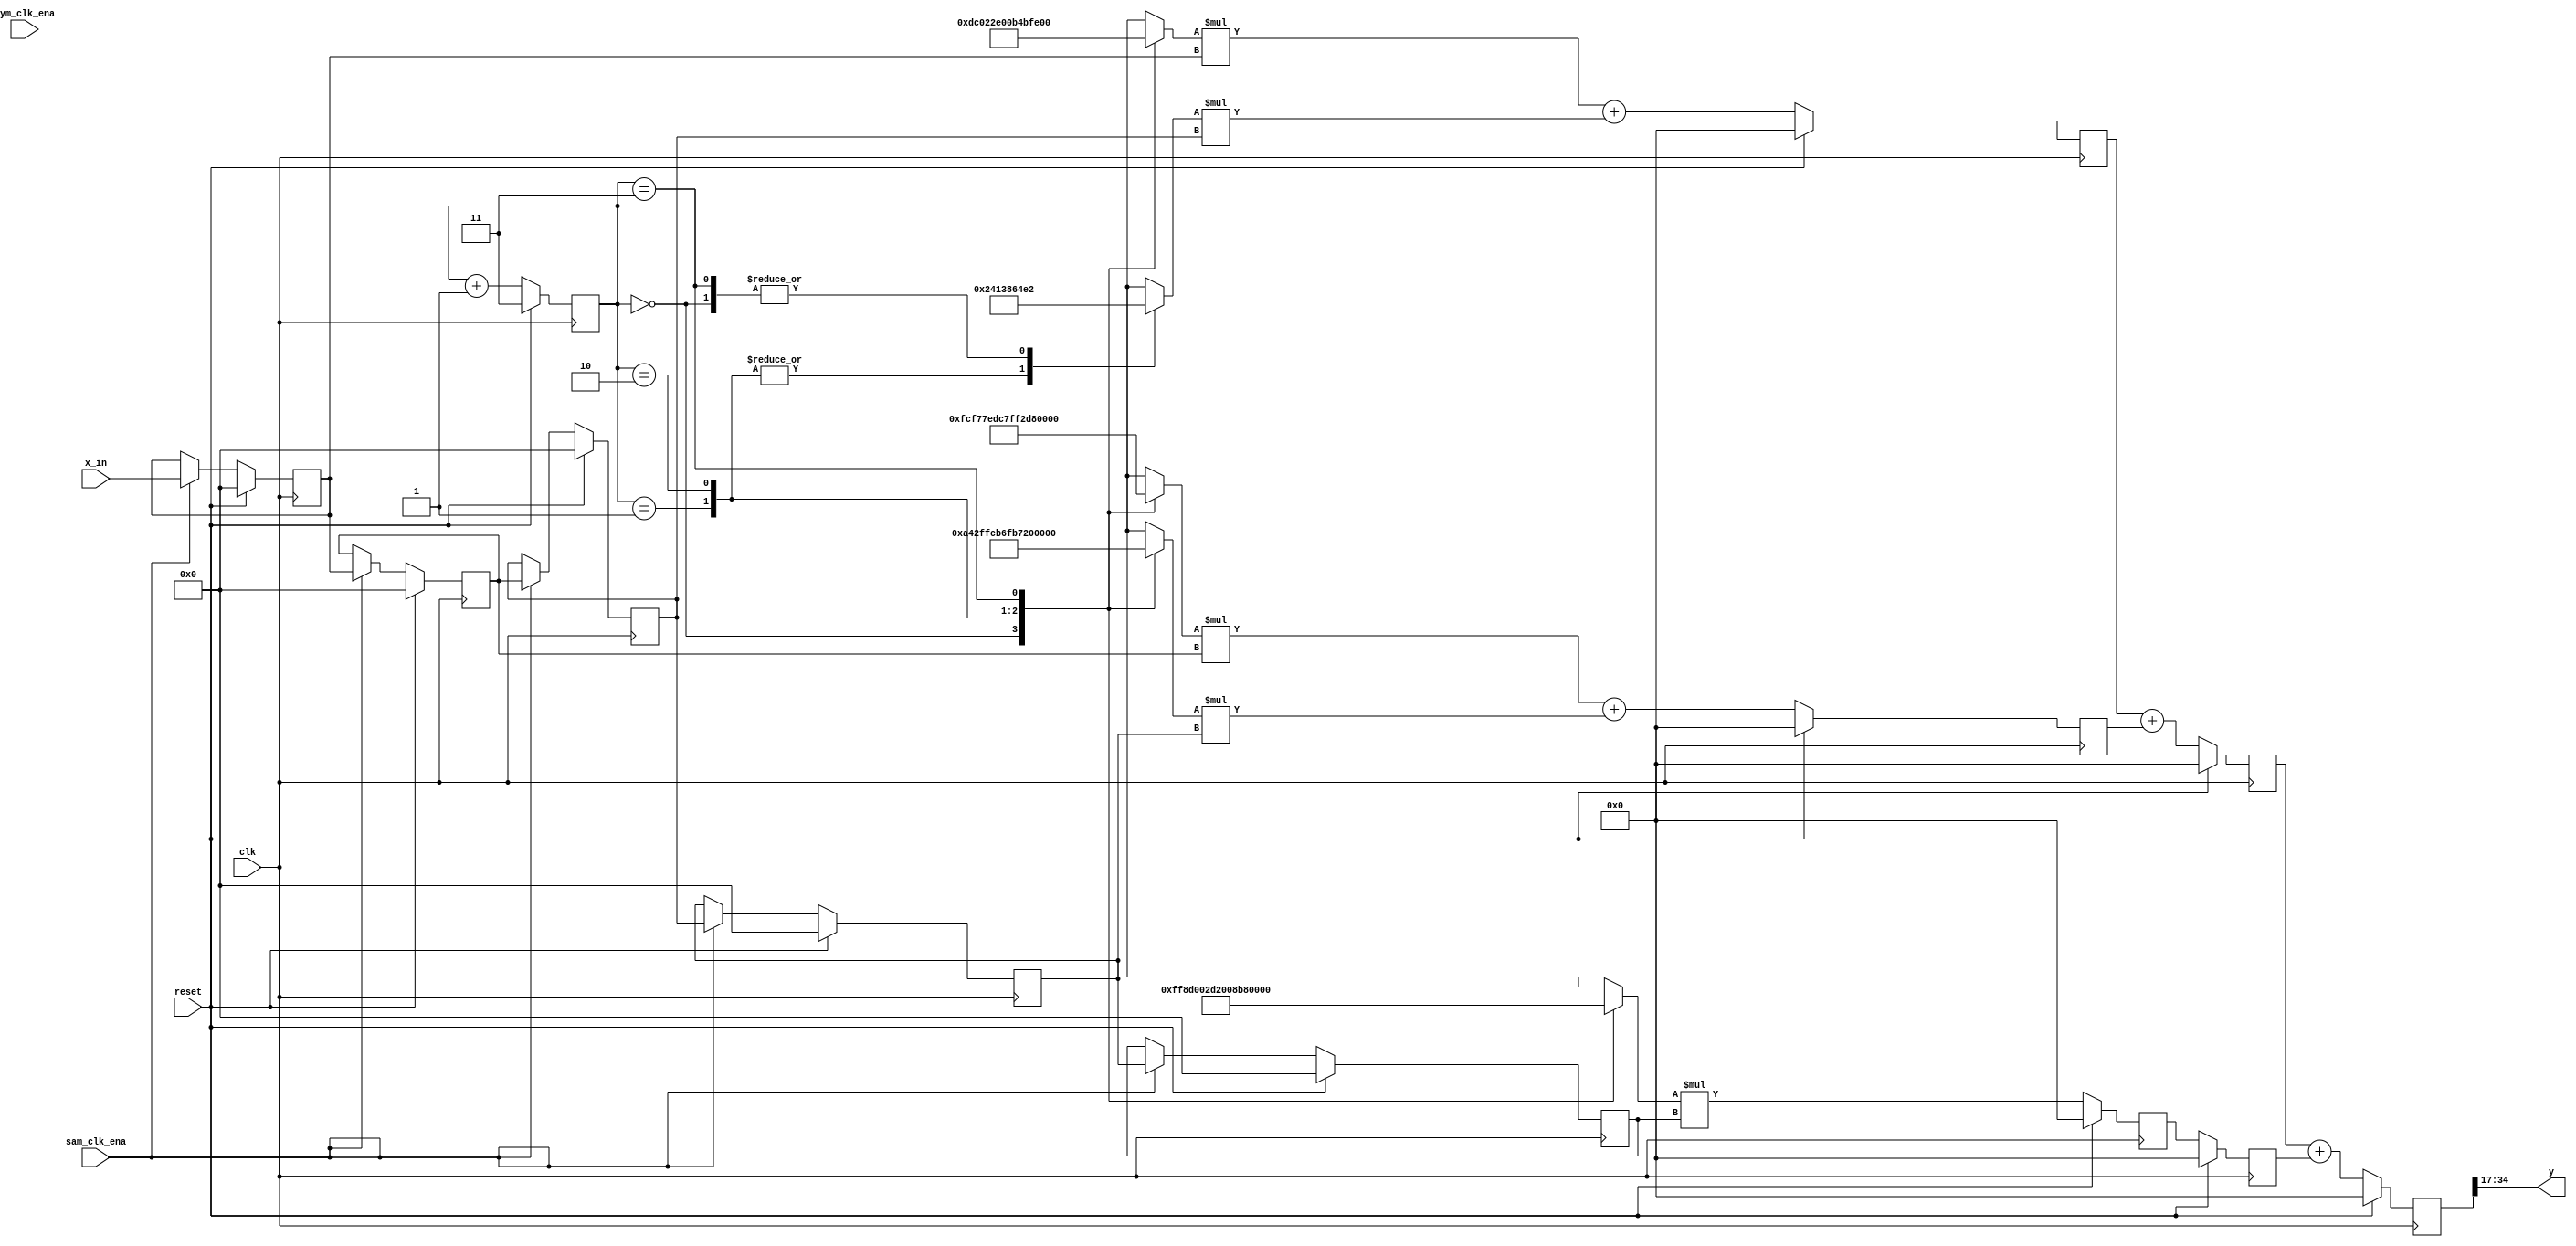
/** ALEX'S UPSAMPLER -- WRITE YOUR OWN **/
module upsampler (
    input clk,
    input reset,
    input sam_clk_ena,
    input sym_clk_ena,
    input [17:0] x_in,
    output reg signed [17:0] y
);
// Upsamples an input from sam_clk to sys_clk and applies a low pass filter

integer i;
parameter N = 20; // Must be multiple of four
parameter N_BY_4 = N / 4;
wire signed [17:0] b[N-1:0];


// B Definition
assign b[0] = 18'sd55;
assign b[1] = 18'sd558;
assign b[2] = 18'sd722;
assign b[3] = -18'sd460;
assign b[4] = -18'sd3107;
assign b[5] = -18'sd4665;
assign b[6] = -18'sd842;
assign b[7] = 18'sd10507;
assign b[8] = 18'sd25826;
assign b[9] = 18'sd36942;
assign b[10] = 18'sd36942;
assign b[11] = 18'sd25826;
assign b[12] = 18'sd10507;
assign b[13] = -18'sd842;
assign b[14] = -18'sd4665;
assign b[15] = -18'sd3107;
assign b[16] = -18'sd460;
assign b[17] = 18'sd722;
assign b[18] = 18'sd558;
assign b[19] = 18'sd55;


// X Definition (Updates at sam_clk)
reg signed [17:0] x[N_BY_4-1:0];
always @ (posedge clk)
    if (reset)
        for (i = 0; i < N_BY_4; i = i + 1)
            x[i] <= 2'b0;
    else if (sam_clk_ena) begin
        x[0] <= x_in;
        for (i = 1; i < N_BY_4; i = i + 1)
            x[i] <= x[i-1];
    end


// Staggered sam_clk_ena definition
// This counts from 0 to 3, and indicates which of each four adjacent taps should output a signal for a given sample
reg [1:0] sam_clk_counter;
always @ (posedge clk)
    if (reset)
        sam_clk_counter <= 2'b11;
    else
        sam_clk_counter <= sam_clk_counter + 1'b1;


// Multiplier Multiplexed B input definition
reg signed [17:0] b_into_mult[N_BY_4-1:0];
always @ *
    for (i = 0; i < N_BY_4; i=i+1)
        case (sam_clk_counter)
            2'd0: b_into_mult[i] <= b[i * 4 + 0];
            2'd1: b_into_mult[i] <= b[i * 4 + 1];
            2'd2: b_into_mult[i] <= b[i * 4 + 2];
            2'd3: b_into_mult[i] <= b[i * 4 + 3];
        endcase

// Multiplier definition
reg signed [35:0] mult_out[N_BY_4-1:0];
always @ *
    for (i = 0; i < N_BY_4; i=i+1)
        mult_out[i] <= b_into_mult[i] * x[i];


// Adder Definitions

reg signed [35:0] sum_level_0[2:0];
always @ (posedge clk) begin
    for (i = 0; i < 2; i = i + 1)
        if (reset)
            sum_level_0[i] <= 36'b0;
        else
            sum_level_0[i] <= mult_out[i] + mult_out[i+2];
    if (reset)
        sum_level_0[2] <= 36'b0;
    else
        sum_level_0[2] <= mult_out[4];
end

reg signed [35:0] sum_level_1[1:0];
always @ (posedge clk) begin
    for (i = 0; i < 1; i = i + 1)
        if (reset)
            sum_level_1[i] <= 36'b0;
        else
            sum_level_1[i] <= sum_level_0[i] + sum_level_0[i+1];
    if (reset)
        sum_level_1[1] <= 36'b0;
    else
        sum_level_1[1] <= sum_level_0[2];
end

reg signed [35:0] sum_level_2[0:0];
always @ (posedge clk) begin
    for (i = 0; i < 1; i = i + 1)
        if (reset)
            sum_level_2[i] <= 36'b0;
        else
            sum_level_2[i] <= sum_level_1[i] + sum_level_1[i+1];
end


always @ *
    // Slice one bit off the top here to make output 1s17
    y <= sum_level_2[0][34:17];

endmodule